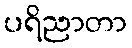
ပရိညာတာ